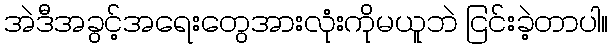
အဲဒီအခွင့်အရေးတွေအားလုံးကိုမယူဘဲ ငြင်းခဲ့တာပါ။